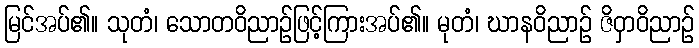
မြင်အပ်၏။ သုတံ၊ သောတဝိညာဉ်ဖြင့်ကြားအပ်၏။ မုတံ၊ ဃာနဝိညာဉ် ဇိဝှာဝိညာဉ်